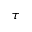
\tau